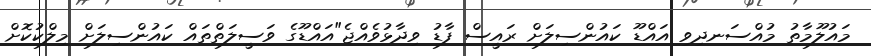
މައުލޫމާތު މުއްސަނދިވި އައްޑޫ ކައުންސިލަށް ރައީސް ފާޑު ވިދާޅުވެއްޖެ"އައްޑޫގެ ވަސީލަތްތައް ކައުންސިލަށް މިލްކުކޮށް